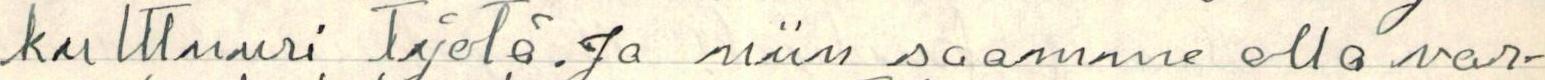
kulttuuri työtä. Ja niin saamme olla var-